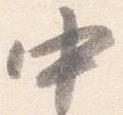
中